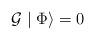
LaTeX: \begin{align*}{\cal G}\mid \Phi \rangle =0\end{align*}